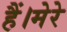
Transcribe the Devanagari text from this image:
हैं।मेरे